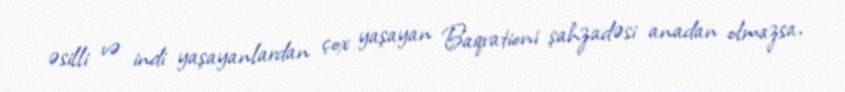
əsilli və indi yaşayanlardan çox yaşayan Baqrationi şahzadəsi anadan olmazsa,